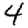
Digit: 4